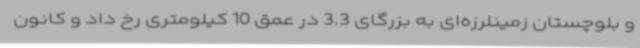
و بلوچستان زمینلرزه‌ای به بزرگای 3.3 در عمق 10 کیلومتری رخ داد و کانون